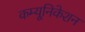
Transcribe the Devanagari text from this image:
कम्‍यूनिकेशन